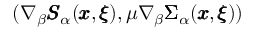
( \nabla _ { \beta } { \pmb S } _ { \alpha } ( { \pmb x } , { \pmb \xi } ) , \mu \nabla _ { \beta } { \pmb \Sigma } _ { \alpha } ( { \pmb x } , { \pmb \xi } ) )